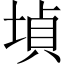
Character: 𡎞